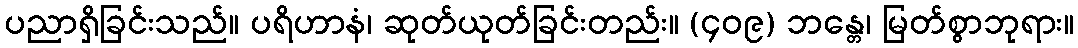
ပညာရှိခြင်းသည်။ ပရိဟာနံ၊ ဆုတ်ယုတ်ခြင်းတည်း။ (၄၀၉) ဘန္တေ၊ မြတ်စွာဘုရား။